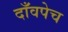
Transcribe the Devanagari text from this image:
दाँवपेच